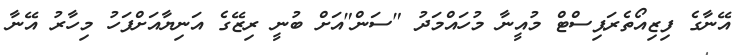
އޭނާގެ ފިޒިއޯތެރަޕިސްޓް މުއީނާ މުހައްމަދު "ސަން"އަށް ބުނީ ރިޒޭގެ އަނިޔާއަށްފަހު މިހާރު އޭނާ